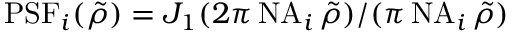
\mathrm { P S F } _ { i } ( \tilde { \rho } ) = J _ { 1 } ( 2 \pi \, \mathrm { N A } _ { i } \, \tilde { \rho } ) / ( \pi \, \mathrm { N A } _ { i } \, \tilde { \rho } )